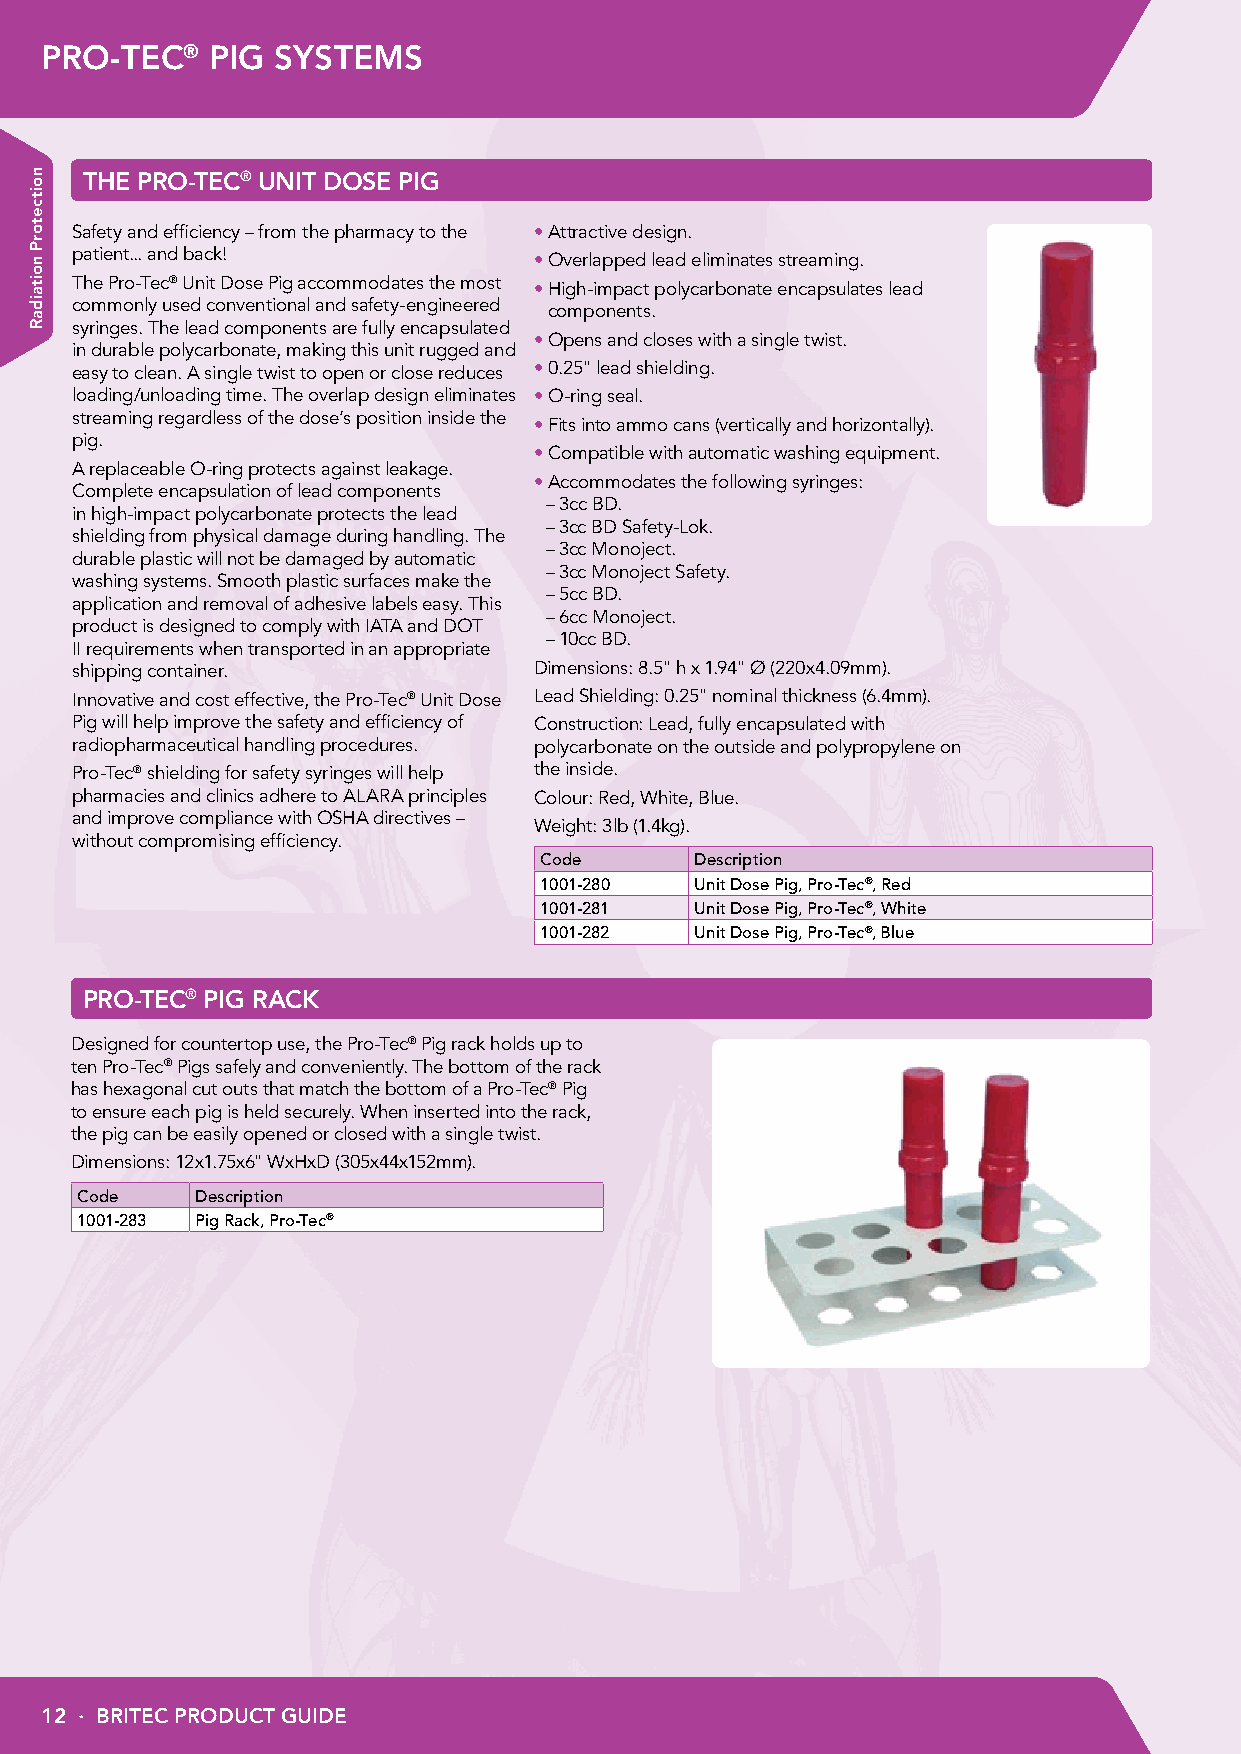
PRO-TEC®   PIG SYSTEMS
 THE PRO-TEC® UNIT DOSE PIG
 Safety and efficiency – from the pharmacy to the •A ttractive design.
 patient... and back!          •O verlapped lead eliminates streaming.
 The Pro-Tec® Unit Dose Pig accommodates the most •H igh-impact polycarbonate encapsulates lead
 commonly used conventional and safety-engineered components.
 syringes. The lead components are fully encapsulated
 •O pens and closes with a single twist.
 in durable polycarbonate, making this unit rugged and
 easy to clean. A single twist to open or close reduces •0 .25" lead shielding.
 loading/unloading time. The overlap design eliminates •O -ring seal.
 streaming regardless of the dose’s position inside the
 •F its into ammo cans (vertically and horizontally).
 pig.
 •C ompatible with automatic washing equipment.
 A replaceable O-ring protects against leakage.
 •A ccommodates the following syringes:
 Complete encapsulation of lead components
 –3cc BD.
 in high-impact polycarbonate protects the lead
 –3cc BD Safety-Lok.
 shielding from physical damage during handling. The
 –3cc Monoject.
 durable plastic will not be damaged by automatic
 –3cc Monoject Safety.
 washing systems. Smooth plastic surfaces make the
 –5cc BD.
 application and removal of adhesive labels easy. This
 –6cc Monoject.
 product is designed to comply with IATA and DOT
 –10cc BD.
 II requirements when transported in an appropriate
 shipping container.           Dimensions: 8.5" h x 1.94" Ø (220x4.09mm).
 Innovative and cost effective, the Pro-Tec® Unit Dose Lead Shielding: 0.25" nominal thickness (6.4mm).
 Pig will help improve the safety and efficiency of Construction: Lead, fully encapsulated with
 radiopharmaceutical handling procedures. polycarbonate on the outside and polypropylene on
 Pro-Tec® shielding for safety syringes will help the inside.
 pharmacies and clinics adhere to ALARA principles Colour: Red, White, Blue.
 and improve compliance with OSHA directives –
 Weight: 3lb (1.4kg).
 without compromising efficiency.
 Code      Description
 1001-280  Unit Dose Pig, Pro-Tec®, Red
 1001-281  Unit Dose Pig, Pro-Tec®, White
 1001-282  Unit Dose Pig, Pro-Tec®, Blue
 PRO-TEC® PIG RACK
 Designed for countertop use, the Pro-Tec® Pig rack holds up to
 ten Pro-Tec® Pigs safely and conveniently. The bottom of the rack
 has hexagonal cut outs that match the bottom of a Pro-Tec® Pig
 to ensure each pig is held securely. When inserted into the rack,
 the pig can be easily opened or closed with a single twist.
 Dimensions: 12x1.75x6" WxHxD (305x44x152mm).
 Code    Description
 1001-283 Pig Rack, Pro-Tec®
 12 · BRITEC PRODUCT GUIDE
 noitcetorP
 noitaidaR